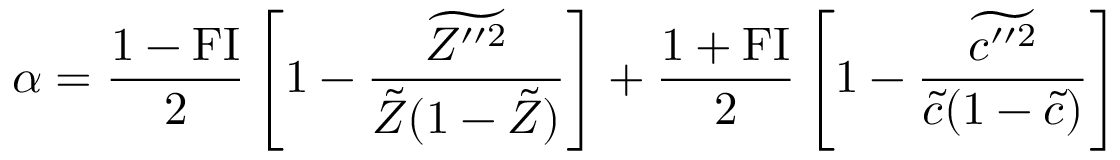
\alpha = \frac { 1 - \mathrm { F I } } { 2 } \left[ 1 - \frac { \widetilde { Z ^ { \prime \prime 2 } } } { \tilde { Z } ( 1 - \tilde { Z } ) } \right] + \frac { 1 + \mathrm { F I } } { 2 } \left[ 1 - \frac { \widetilde { c ^ { \prime \prime 2 } } } { \tilde { c } ( 1 - \tilde { c } ) } \right]